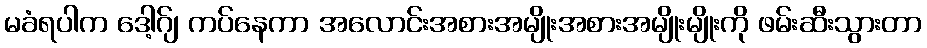
မခံရပါက ဒေါ့ဂ်ျ ကပ်နေကာ အလောင်းအစားအမျိုးအစားအမျိုးမျိုးကို ဖမ်းဆီးသွားတာ